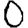
Digit: 0